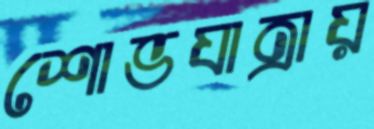
শোভযাত্রায়